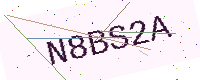
Text: N8BS2A